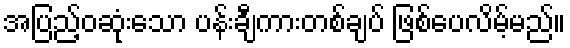
အပြည့်ဝဆုံးသော ပန်းချီကားတစ်ချပ် ဖြစ်ပေလိမ့်မည်။